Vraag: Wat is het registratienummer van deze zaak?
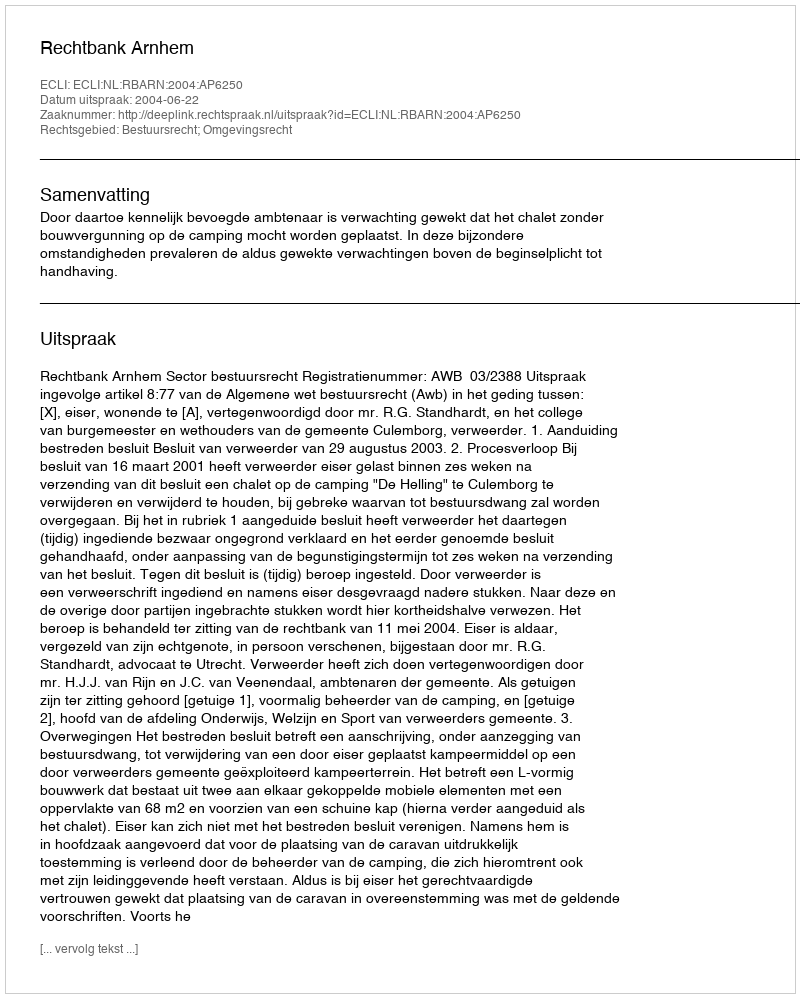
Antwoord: http://deeplink.rechtspraak.nl/uitspraak?id=ECLI:NL:RBARN:2004:AP6250